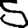
Digit: 5